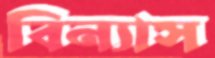
বিন্যাস